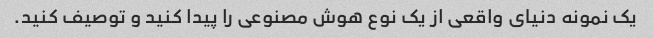
یک نمونه دنیای واقعی از یک نوع هوش مصنوعی را پیدا کنید و توصیف کنید.